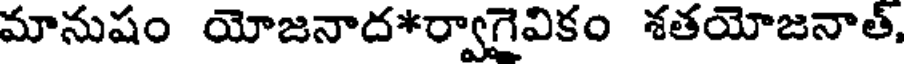
మానుషం యోజనాద*ర్వాగైవికం శతయోజనాత్,